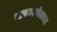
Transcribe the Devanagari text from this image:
ग्लायऑक्जल